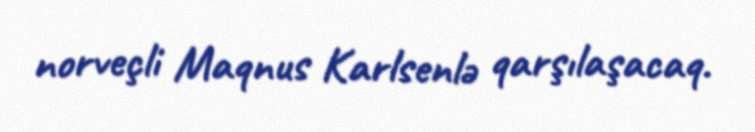
norveçli Maqnus Karlsenlə qarşılaşacaq.